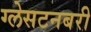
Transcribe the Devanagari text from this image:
ग्लेसटनबरी